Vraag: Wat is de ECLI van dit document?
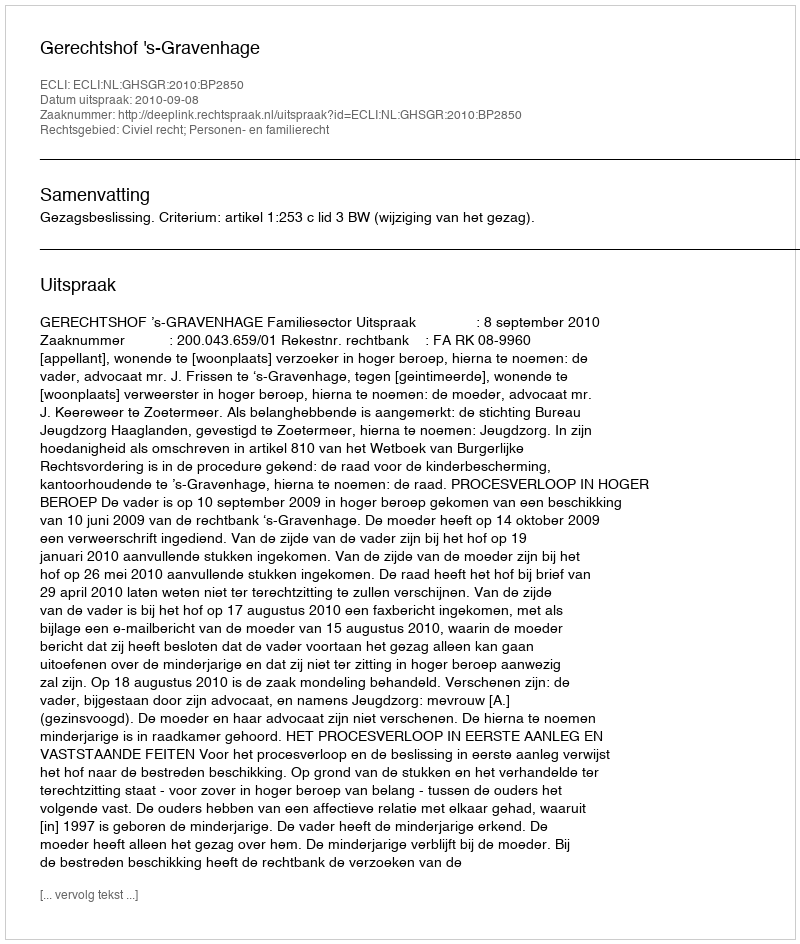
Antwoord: ECLI:NL:GHSGR:2010:BP2850